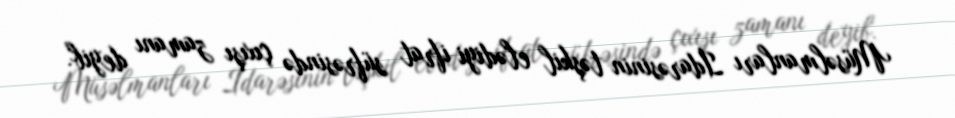
Müsəlmanları İdarəsinin təşkil elədiyi ifrat süfrəsində çıxışı zamanı deyib.